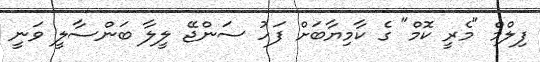
ފިލްމް "މެރީ ކޮމް" ގެ ކާމިޔާބަށް ފަހު ސަންޖޭ ލީލާ ބަންސާލީ ވަނީ